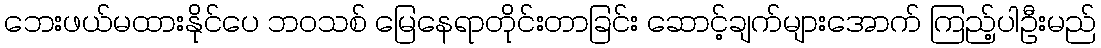
ဘေးဖယ်မထားနိုင်ပေ ဘဝသစ် မြေနေရာတိုင်းတာခြင်း ဆောင့်ချက်များအောက် ကြည့်ပါဦးမည်